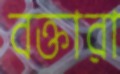
বক্তারা